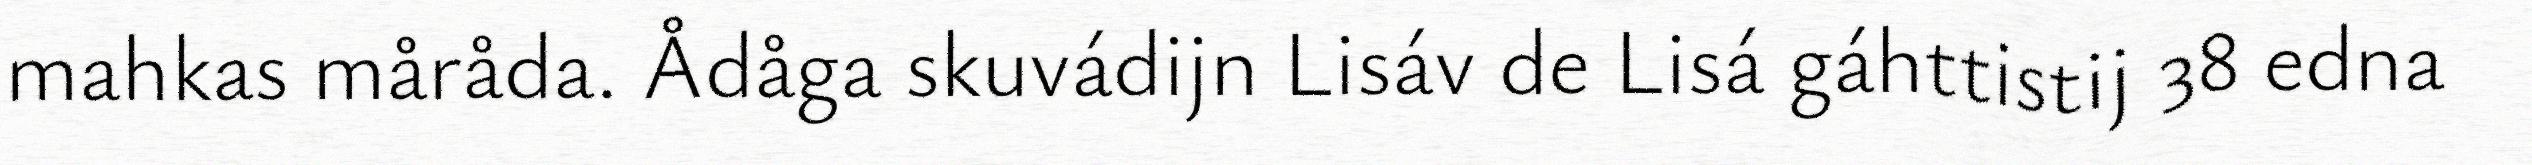
mahkas måråda. Ådåga skuvádijn Lisáv de Lisá gáhttistij 38 edna